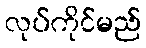
လုပ်ကိုင်မည်